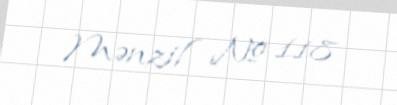
Mənzil № 118